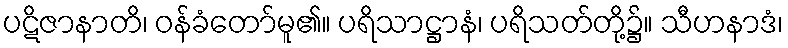
ပဋိဇာနာတိ၊ ဝန်ခံတော်မူ၏။ ပရိသာဋ္ဌာနံ၊ ပရိသတ်တို့၌။ သီဟနာဒံ၊